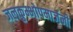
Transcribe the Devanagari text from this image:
जलकुम्भोपमार्जनी